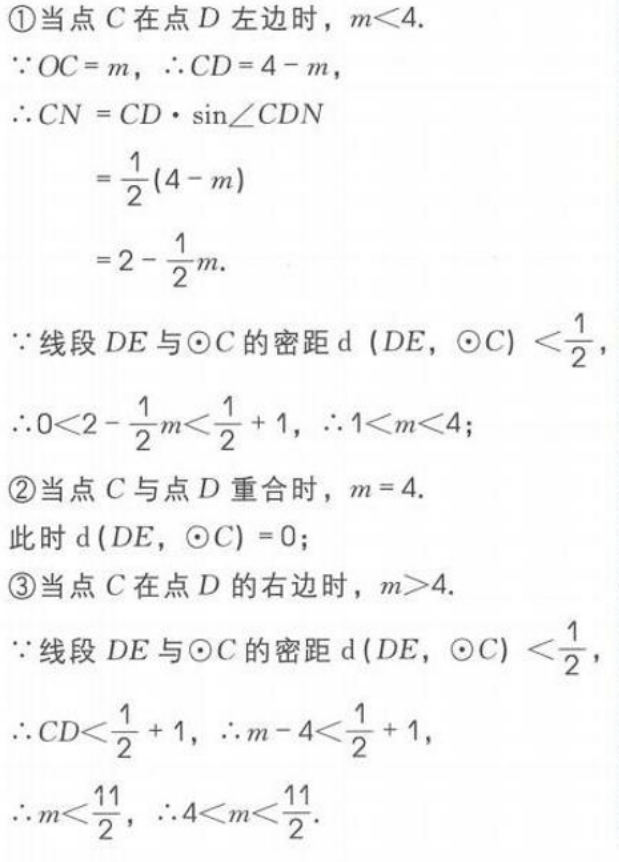
\textcircled{1}当点\(C\)在点\(D\)左边时，\(m < 4\).
\(\because OC = m\)，\(\therefore CD = 4 - m\)，
\(\therefore CN=CD\cdot\sin\angle CDN\)
\(=\frac{1}{2}(4 - m)\)
\(=2-\frac{1}{2}m\).
\(\because\)线段\(DE\)与\(\odot C\)的密距\(d(DE,\odot C)<\frac{1}{2}\)，
\(\therefore 0 < 2-\frac{1}{2}m<\frac{1}{2}+1\)，\(\therefore 1 < m < 4\)；
\textcircled{2}当点\(C\)与点\(D\)重合时，\(m = 4\).
此时\(d(DE,\odot C)=0\)；
\textcircled{3}当点\(C\)在点\(D\)的右边时，\(m > 4\).
\(\because\)线段\(DE\)与\(\odot C\)的密距\(d(DE,\odot C)<\frac{1}{2}\)，
\(\therefore CD<\frac{1}{2}+1\)，\(\therefore m - 4<\frac{1}{2}+1\)，
\(\therefore m<\frac{11}{2}\)，\(\therefore 4 < m <\frac{11}{2}\).